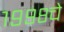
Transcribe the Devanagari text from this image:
१९९८चे